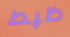
ظپط